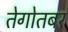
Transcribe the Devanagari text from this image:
तेगोतबर